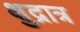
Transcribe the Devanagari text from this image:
क्षुद्रात्र